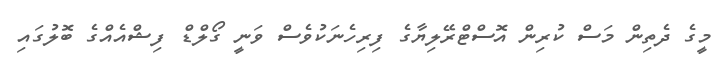
މީގެ ދެތިން މަސް ކުރިން އޮސްޓްރޭލިޔާގެ ފިރިހެނަކުވެސް ވަނީ ގޯލްޑް ފިޝްއެއްގެ ބޮލުގައި